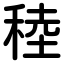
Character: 稑